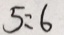
5 : 6